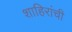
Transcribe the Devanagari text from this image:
शाहिरांची